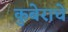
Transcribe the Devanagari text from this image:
कुबेराचे